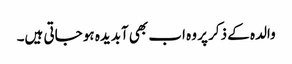
والدہ کے ذکر پر وہ اب بھی آبدیدہ ہو جاتی ہیں۔